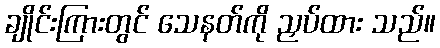
ချိုင်းကြားတွင် သေနတ်ကို ညှပ်ထား သည်။